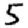
Digit: 5